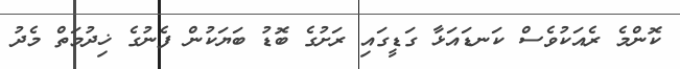
ކޮންމެ ރެއަކުވެސް ކަނޑައަޅާ ގަޑީގައި ރަށުގެ ބޮޑު ބަޔަކުން ފެނުގެ ޚިދުމަތް މެދު